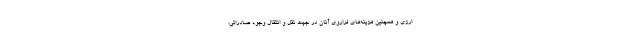
ارزی و همچنین هزینه‌های فراروی آنان در جهت نقل و انتقال وجوه صادراتی،